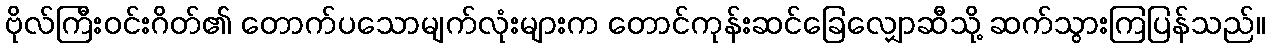
ဗိုလ်ကြီးဝင်းဂိတ်၏ တောက်ပသောမျက်လုံးများက တောင်ကုန်းဆင်ခြေလျှောဆီသို့ ဆက်သွားကြပြန်သည်။